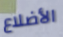
الأضلاع